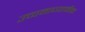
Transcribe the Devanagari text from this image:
उच्चमाध्यामीक